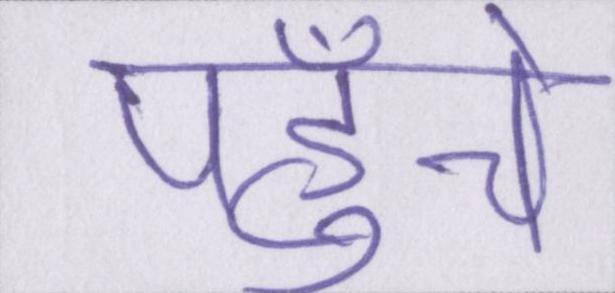
पहुँचे